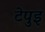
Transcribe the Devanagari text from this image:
टेपुइ